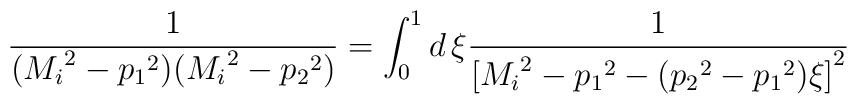
\frac{1}{({M_{i}}^2-{p_{1}}^2)({M_{i}}^2-{p_{2}}^2)}=\int_{0}^{1} d\,\xi \frac{1}{{[{M_{i}}^2-{p_{1}}^2-({p_{2}}^2-{p_{1}}^2)\xi]}^2}